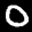
Label: 0